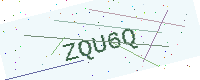
Text: ZQU6Q